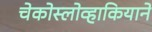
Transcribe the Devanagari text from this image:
चेकोस्लोव्हाकियाने